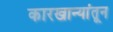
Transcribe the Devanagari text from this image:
कारखान्यांतून